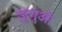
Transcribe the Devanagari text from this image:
ज़ुगुओ